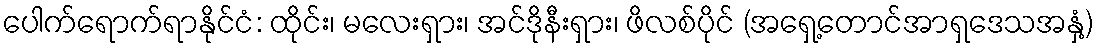
ပေါက်ရောက်ရာနိုင်ငံ: ထိုင်း၊ မလေးရှား၊ အင်ဒိုနီးရှား၊ ဖိလစ်ပိုင် (အရှေ့တောင်အာရှဒေသအနှံ့)